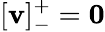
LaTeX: [\mathbf{v}]_{-}^{+}=\mathbf{0}